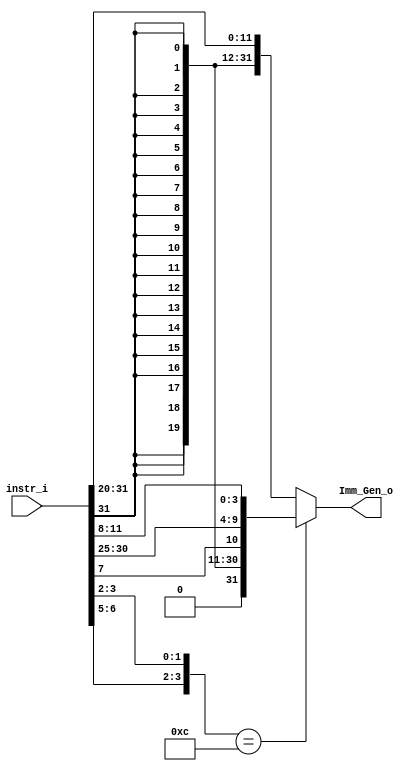
/***************************************************
Student Name:  Ia
Student ID: 0816137 0716241
***************************************************/

`timescale 1ns/1ps

module Imm_Gen(
	input  [31:0] instr_i,
	output [31:0] Imm_Gen_o
	);

/* Write your code HERE */
reg [31:0] temp;
assign Imm_Gen_o=temp;
//https://github.com/physical-computation/Sail-RV32I-common/blob/master/verilog/imm_gen.v
always@(*)
begin
	case ({instr_i[6:5], instr_i[3:2]})//opcode 65_32__
		4'b0000://i-type
			temp={ {21{instr_i[31]}}	,	instr_i[30:20]	};
		4'b1100://sb-type beq bne
			temp={	{20{instr_i[31]}}	,	instr_i[7]	,	instr_i[30:25]	,	instr_i[11:8] };
		default://r-type
			temp={ {21{instr_i[31]}} ,	instr_i[30:20] };//r-type add sub and xor slt
	endcase
end				
endmodule
/*
add	r		0100
addi	i		0000
sub	r		0100
and	r		0100
or		r		0100
xor	r		0100
slt	r		0100
slti	i		0000
beq	sb		1100
sll	r		0100
slli	i(?)	0000
sra	r		0100
srli	i(?)	0000
andi	i		0000
ori	i		0000
bne	sb		1100
*/